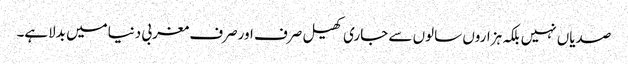
صدیاں نہیں بلکہ ہزاروں سالوں سے جاری کھیل صرف اورصرف مغربی دنیامیں بدلاہے۔